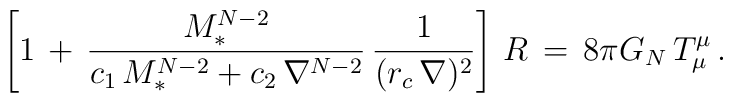
\left[1 \,+ \,{M_*^{N-2} \over c_1\,M_*^{N-2} + c_2\,\nabla^{N-2}}\,{1 \over (r_c\,\nabla)^2} \right]\, R \,= \,8\pi G_N\, T_{\mu}^{\mu}\,.